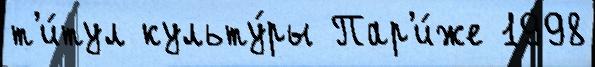
т'и́тул культу́ры Пар'и́же 1998